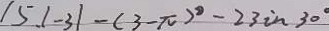
1 5 . \vert - 3 \vert - ( 3 - \pi ) ^ { \circ } - 2 3 i n 3 0 ^ { \circ }